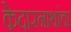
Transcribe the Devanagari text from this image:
केदारनाथांचा